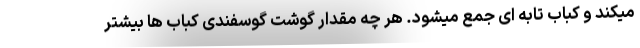
میکند و کباب تابه ای جمع میشود. هر چه مقدار گوشت گوسفندی کباب ها بیشتر